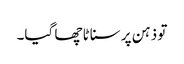
تو ذہن پر سناٹا چھا گیا۔